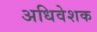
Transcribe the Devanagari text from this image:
अधिवेशक